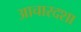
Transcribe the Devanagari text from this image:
आचारदशा